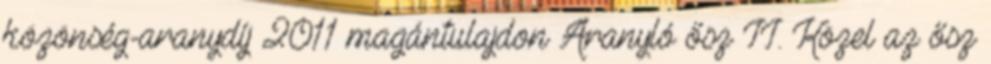
közönség-aranydíj 2011 magántulajdon Aranyló ősz II. Közel az ősz